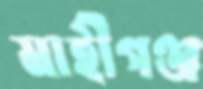
মাহীগঞ্জ